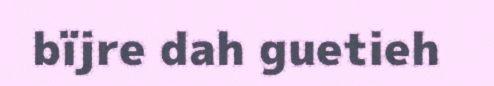
bïjre dah guetieh